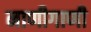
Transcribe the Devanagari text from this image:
नाणीगाणी